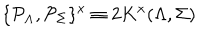
\{ { \cal P } _ { \Lambda } , { \cal P } _ { \Sigma } \} ^ { x } \equiv 2 K ^ { x } ( \Lambda , \Sigma )